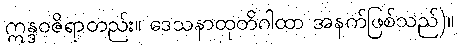
ဣန္ဒဝဇိရာတည်း။ ဒေသနာထုတိဂါထာ အနက်ဖြစ်သည်)။